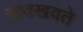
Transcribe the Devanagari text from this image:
खवखवते